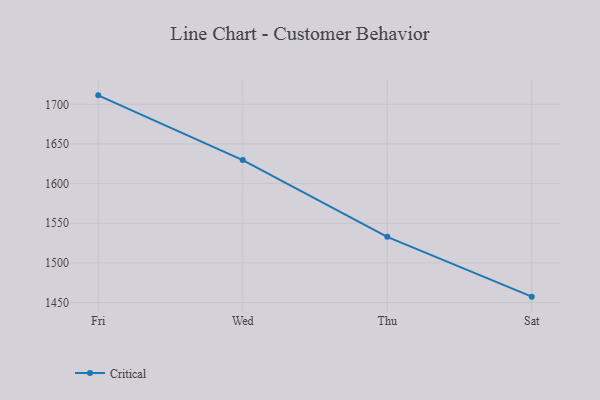
{"axis": {"x": "Day", "y": "Humidity (%)"}, "legend": ["Critical"], "data": [{"x": "Fri", "y": 1711.3, "type": "Critical"}, {"x": "Wed", "y": 1629.7, "type": "Critical"}, {"x": "Thu", "y": 1532.8, "type": "Critical"}, {"x": "Sat", "y": 1457.4, "type": "Critical"}]}